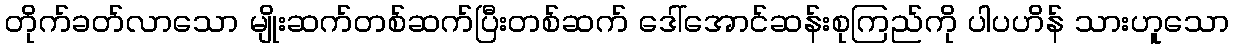
တိုက်ခတ်လာသော မျိုးဆက်တစ်ဆက်ပြီးတစ်ဆက် ဒေါ်အောင်ဆန်းစုကြည်ကို ပါပဟိန် သားဟူသော